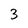
Character: 3